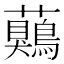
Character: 𧅖